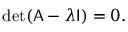
\operatorname* { d e t } ( { \mathsf { A } } - \lambda { \mathsf { I } } ) = 0 .